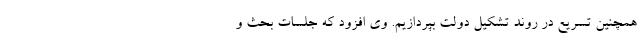
همچنین تسریع در روند تشکیل دولت بپردازیم. وی افزود که جلسات بحث و